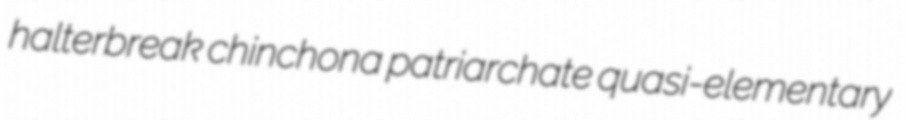
halterbreak chinchona patriarchate quasi-elementary